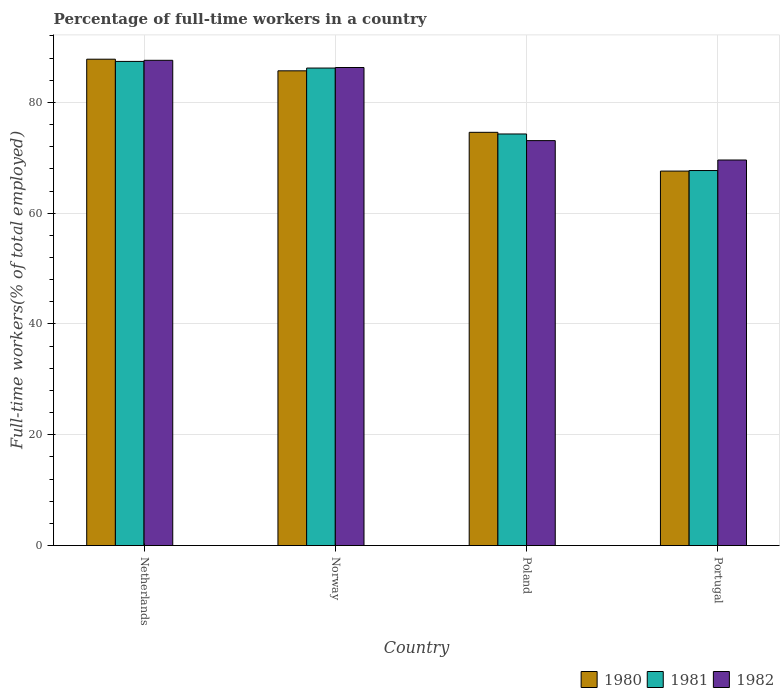
| Country | 1980 | 1981 | 1982 |
 | --- | --- | --- | --- |
 | Netherlands | 87.8 | 87.4 | 87.6 |
 | Norway | 85.7 | 86.2 | 86.3 |
 | Poland | 74.6 | 74.3 | 73.1 |
 | Portugal | 67.6 | 67.7 | 69.6 |